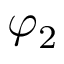
\varphi _ { 2 }